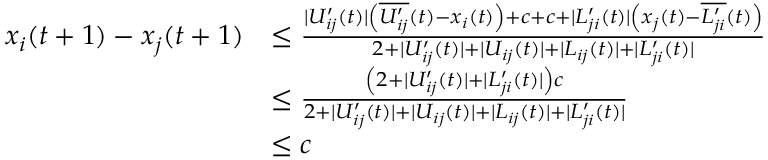
\begin{array} { r l } { x _ { i } ( t + 1 ) - x _ { j } ( t + 1 ) } & { \leq \frac { | U _ { i j } ^ { \prime } ( t ) | \left( \overline { { U _ { i j } ^ { \prime } } } ( t ) - x _ { i } ( t ) \right) + c + c + | L _ { j i } ^ { \prime } ( t ) | \left( x _ { j } ( t ) - \overline { { L _ { j i } ^ { \prime } } } ( t ) \right) } { 2 + | U _ { i j } ^ { \prime } ( t ) | + | U _ { i j } ( t ) | + | L _ { i j } ( t ) | + | L _ { j i } ^ { \prime } ( t ) | } } \\ & { \leq \frac { \left( 2 + | U _ { i j } ^ { \prime } ( t ) | + | L _ { j i } ^ { \prime } ( t ) | \right) c } { 2 + | U _ { i j } ^ { \prime } ( t ) | + | U _ { i j } ( t ) | + | L _ { i j } ( t ) | + | L _ { j i } ^ { \prime } ( t ) | } } \\ & { \leq c } \end{array}